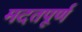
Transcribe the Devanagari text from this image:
मदतपूर्ण